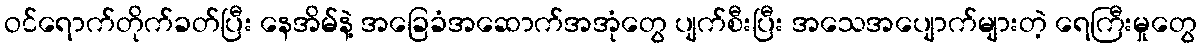
ဝင်ရောက်တိုက်ခတ်ပြီး နေအိမ်နဲ့ အခြေခံအဆောက်အအုံတွေ ပျက်စီးပြီး အသေအပျောက်များတဲ့ ရေကြီးမှုတွေ